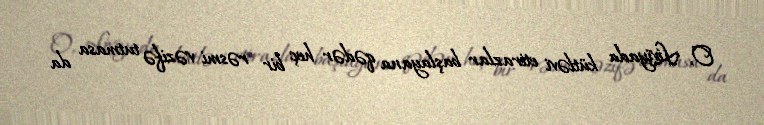
O, Liviyada kütləvi etirazlar başlayana qədər heç bir rəsmi vəzifə tutmasa da